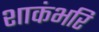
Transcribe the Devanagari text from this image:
शाकंभरि